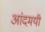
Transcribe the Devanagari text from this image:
आंदमयी